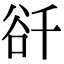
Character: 𧮮